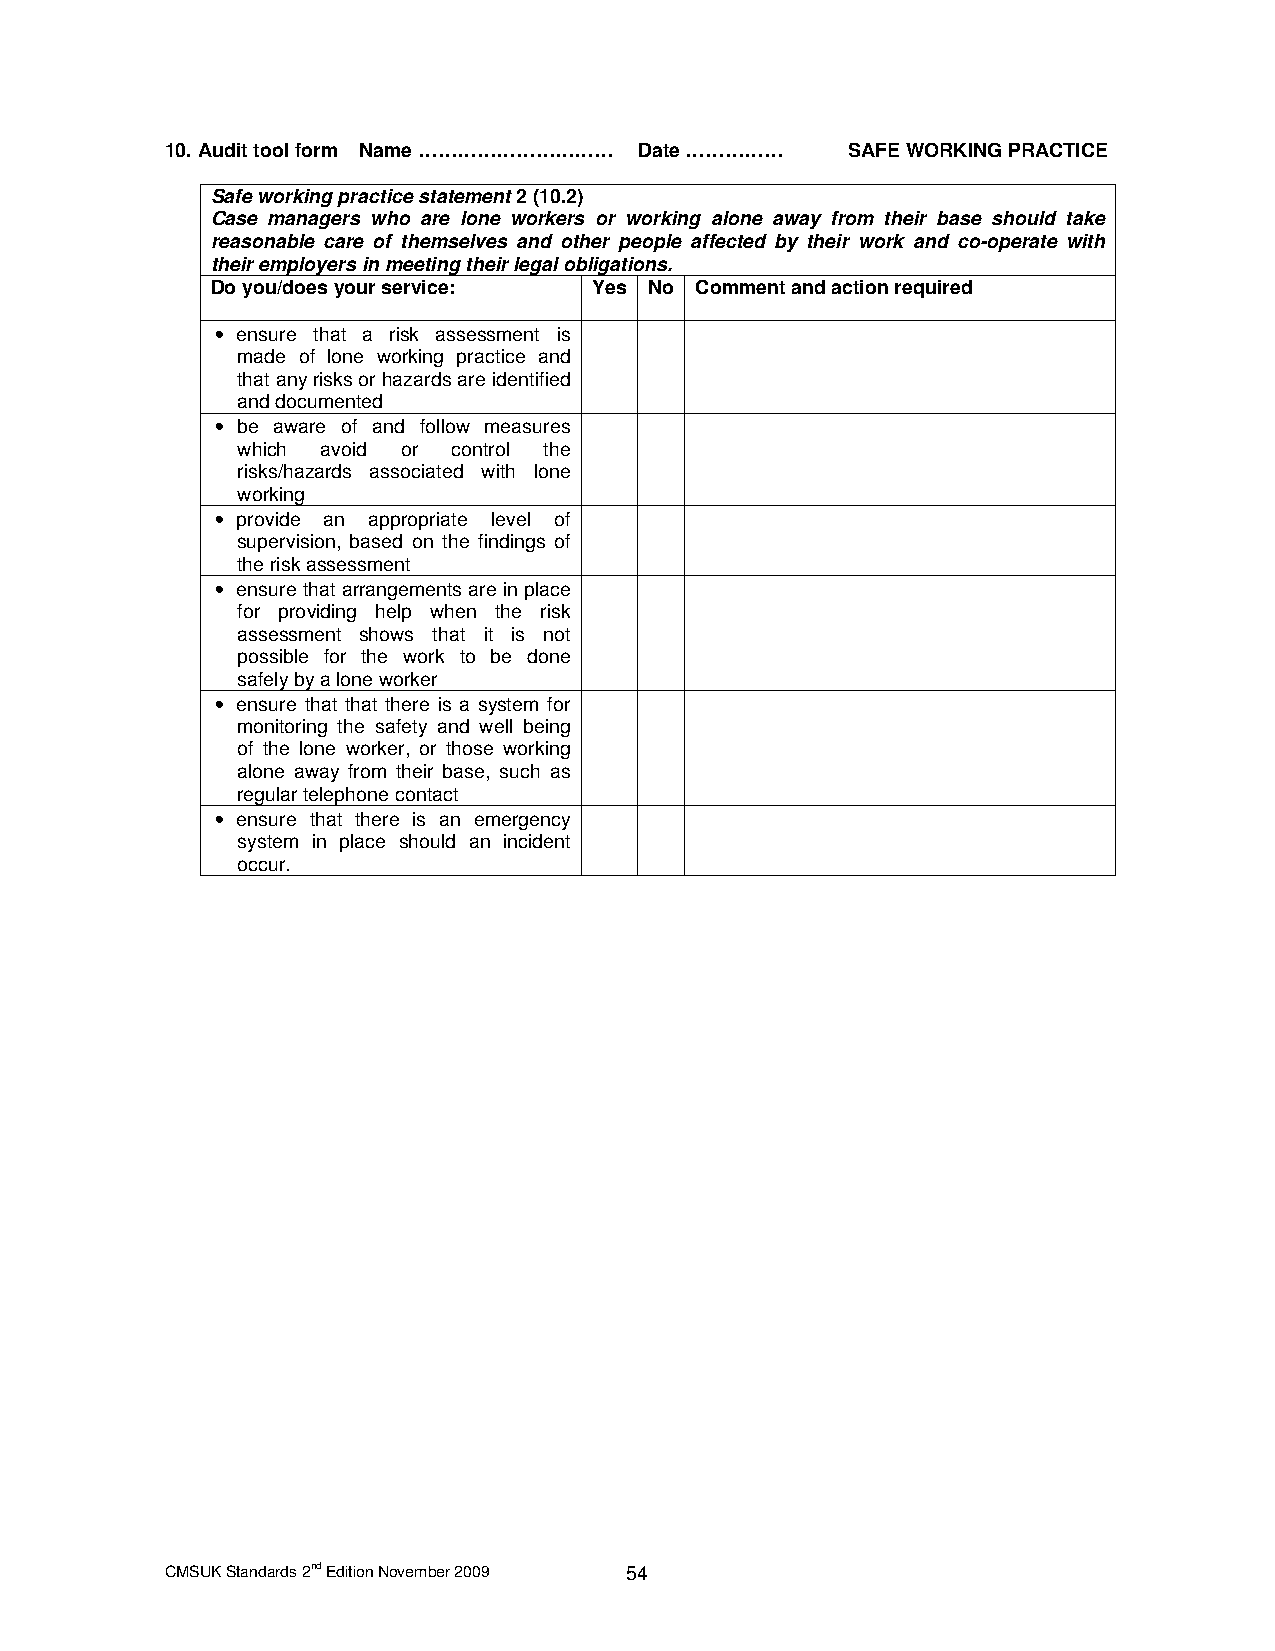
10. Audit tool form Name ………………………… Date …………… SAFE WORKING PRACTICE
 Safe working practice statement 2 (10.2)
 Case managers who are lone workers or working alone away from their base should take
 reasonable care of themselves and other people affected by their work and co-operate with
 their employers in meeting their legal obligations.
 Do you/does your service: Yes No Comment and action required
 • ensure that a risk assessment is
 made of lone working practice and
 that any risks or hazards are identified
 and documented
 • be aware of and follow measures
 which avoid or control the
 risks/hazards associated with lone
 working
 • provide an appropriate level of
 supervision, based on the findings of
 the risk assessment
 • ensure that arrangements are in place
 for providing help when the risk
 assessment shows that it is not
 possible for the work to be done
 safely by a lone worker
 • ensure that that there is a system for
 monitoring the safety and well being
 of the lone worker, or those working
 alone away from their base, such as
 regular telephone contact
 • ensure that there is an emergency
 system in place should an incident
 occur.
 CMSUK Standards 2nd Edition November 2009 54